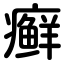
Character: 癣